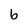
Character: b